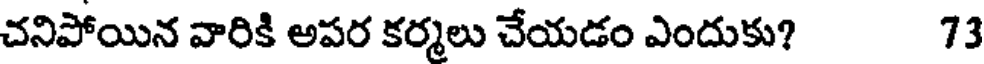
చనిపోయిన వారికి అపర కర్మలు చేయడం ఎందుకు? 73